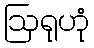
ဩရုဟုံ